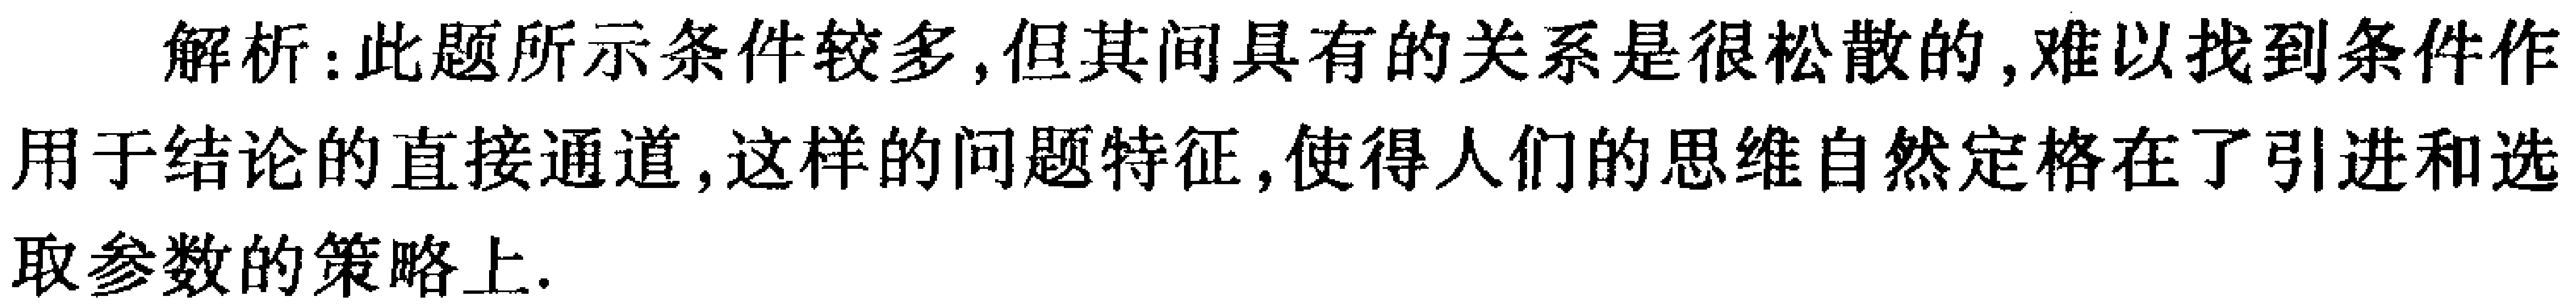
解析：此题所示条件较多, 但其间具有的关系是很松散的, 难以找到条件作
用于结论的直接通道, 这样的问题特征, 使得人们的思维自然定格在了引进和选
取参数的策略上.